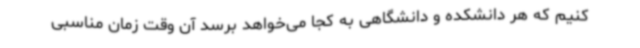
کنیم که هر دانشکده و دانشگاهی به کجا می‌خواهد برسد آن وقت زمان مناسبی